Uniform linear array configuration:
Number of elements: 32
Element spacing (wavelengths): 0.25
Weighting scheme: uniform
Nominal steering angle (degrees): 30
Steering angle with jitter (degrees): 29.846
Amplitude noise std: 0.05
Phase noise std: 0.05

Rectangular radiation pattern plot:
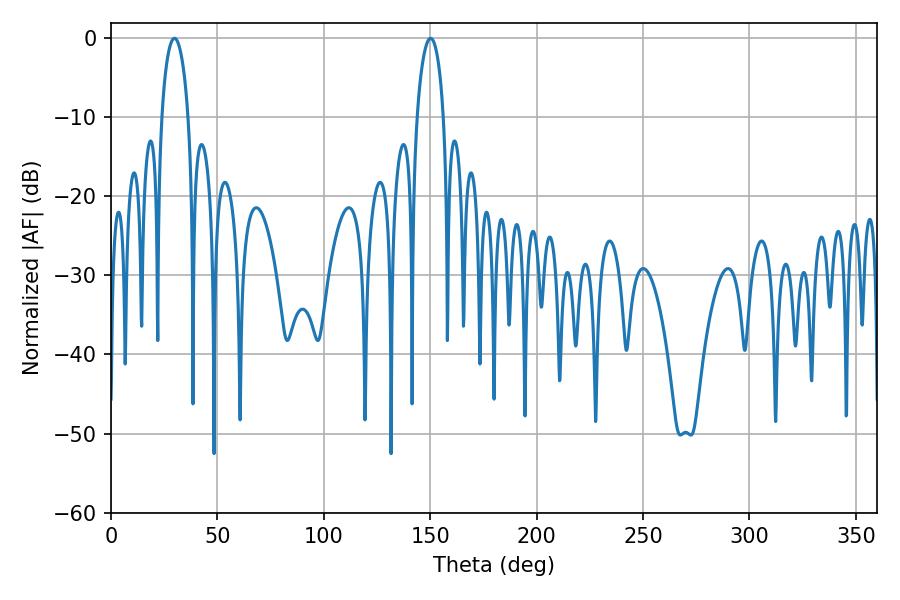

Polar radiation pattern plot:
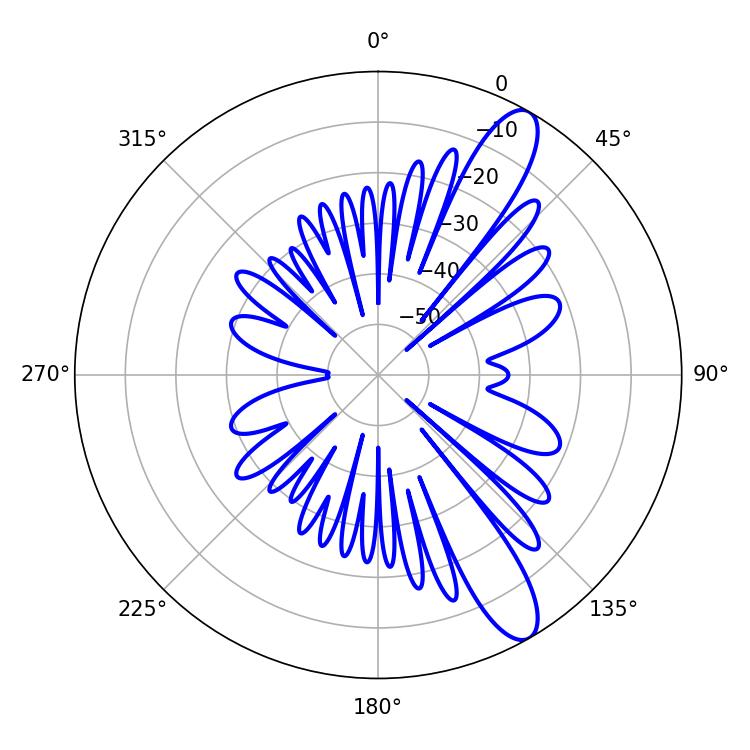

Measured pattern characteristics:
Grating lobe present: FALSE
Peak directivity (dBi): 11.515
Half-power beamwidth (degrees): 7.2
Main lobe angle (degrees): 29.88